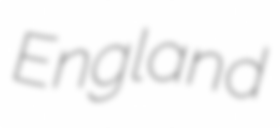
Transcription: England